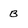
Character: B